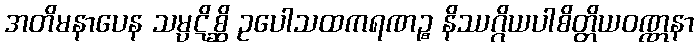
အတိမနာပေန သမ္ပဋိစ္ဆိ ဥပေါသထကရဏဉ္စ နိဿဂ္ဂိယပါစိတ္တိယဝဏ္ဏနာ